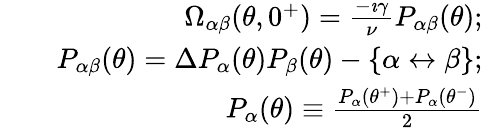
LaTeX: \begin{array}{rlr}&{}&{\Omega_{\alpha\beta}(\theta,0^{+})=\frac{-\imath\gamma}{\nu}P_{\alpha\beta}(\theta);}\\ &{}&{P_{\alpha\beta}(\theta)=\Delta P_{\alpha}(\theta)P_{\beta}(\theta)-\{ \alpha\leftrightarrow\beta\} ;}\\ &{}&{P_{\alpha}(\theta)\equiv\frac{P_{\alpha}(\theta^{+})+P_{\alpha}(\theta^{-})}{2}}\end{array}